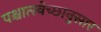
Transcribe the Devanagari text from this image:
पश्चात्स्वेच्छानुसार